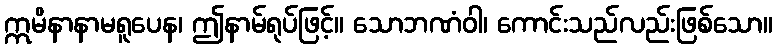
ဣမိနာနာမရူပေန၊ ဤနာမ်ရုပ်ဖြင့်။ သောဘဏံဝါ၊ ကောင်းသည်လည်းဖြစ်သော။